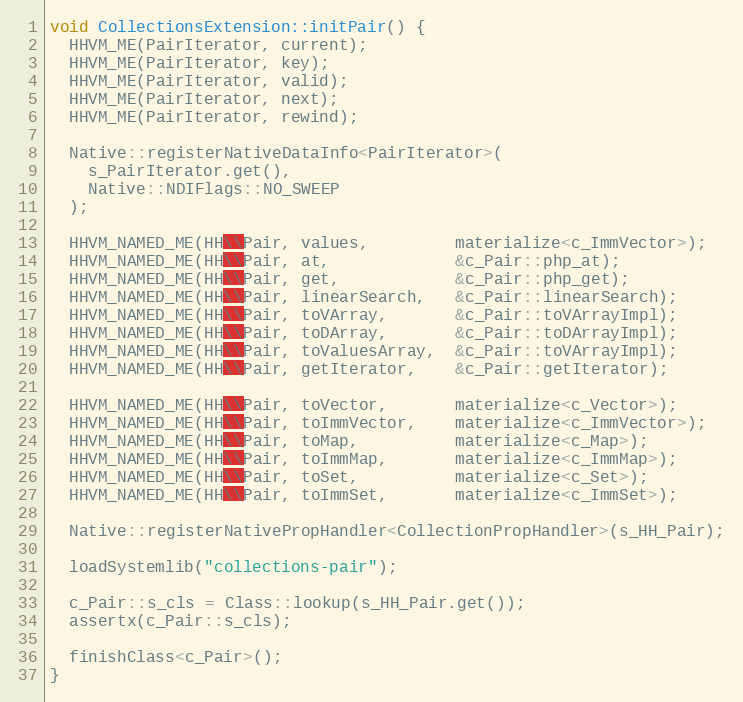
Language: C++
void CollectionsExtension::initPair() {
  HHVM_ME(PairIterator, current);
  HHVM_ME(PairIterator, key);
  HHVM_ME(PairIterator, valid);
  HHVM_ME(PairIterator, next);
  HHVM_ME(PairIterator, rewind);

  Native::registerNativeDataInfo<PairIterator>(
    s_PairIterator.get(),
    Native::NDIFlags::NO_SWEEP
  );

  HHVM_NAMED_ME(HH\\Pair, values,         materialize<c_ImmVector>);
  HHVM_NAMED_ME(HH\\Pair, at,             &c_Pair::php_at);
  HHVM_NAMED_ME(HH\\Pair, get,            &c_Pair::php_get);
  HHVM_NAMED_ME(HH\\Pair, linearSearch,   &c_Pair::linearSearch);
  HHVM_NAMED_ME(HH\\Pair, toVArray,       &c_Pair::toVArrayImpl);
  HHVM_NAMED_ME(HH\\Pair, toDArray,       &c_Pair::toDArrayImpl);
  HHVM_NAMED_ME(HH\\Pair, toValuesArray,  &c_Pair::toVArrayImpl);
  HHVM_NAMED_ME(HH\\Pair, getIterator,    &c_Pair::getIterator);

  HHVM_NAMED_ME(HH\\Pair, toVector,       materialize<c_Vector>);
  HHVM_NAMED_ME(HH\\Pair, toImmVector,    materialize<c_ImmVector>);
  HHVM_NAMED_ME(HH\\Pair, toMap,          materialize<c_Map>);
  HHVM_NAMED_ME(HH\\Pair, toImmMap,       materialize<c_ImmMap>);
  HHVM_NAMED_ME(HH\\Pair, toSet,          materialize<c_Set>);
  HHVM_NAMED_ME(HH\\Pair, toImmSet,       materialize<c_ImmSet>);

  Native::registerNativePropHandler<CollectionPropHandler>(s_HH_Pair);

  loadSystemlib("collections-pair");

  c_Pair::s_cls = Class::lookup(s_HH_Pair.get());
  assertx(c_Pair::s_cls);

  finishClass<c_Pair>();
}